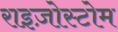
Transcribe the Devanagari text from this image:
राइज़ोस्टोम